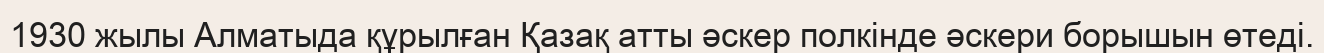
1930 жылы Алматыда құрылған Қазақ атты әскер полкінде әскери борышын өтеді.